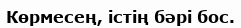
Көрмесең, істің бәрі бос.